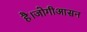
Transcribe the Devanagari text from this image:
है।जोगीआसन